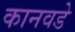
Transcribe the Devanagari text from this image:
कानवडे